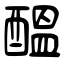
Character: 醞